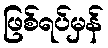
ဖြစ်ရပ်မှန်